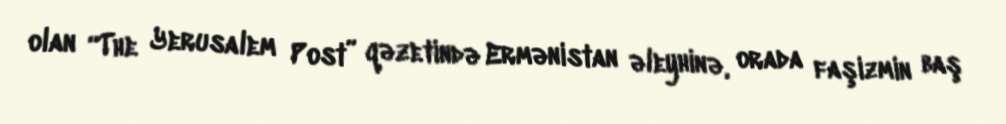
olan “The Yerusalem Post” qəzetində Ermənistan əleyhinə, orada faşizmin baş